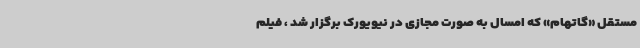
مستقل «گاتهام» که امسال به صورت مجازی در نیویورک برگزار شد ، فیلم